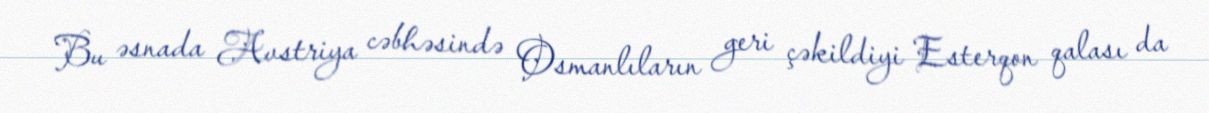
Bu əsnada Avstriya cəbhəsində Osmanlıların geri çəkildiyi Esterqon qalası da